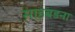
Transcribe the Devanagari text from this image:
साहबडना